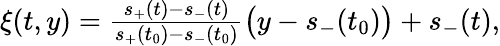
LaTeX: \begin{array}{r}{\xi(t,y)=\frac{s_{+}(t)-s_{-}(t)}{s_{+}(t_{0})-s_{-}(t_{0})}\bigl(y-s_{-}(t_{0})\bigr)+s_{-}(t),}\end{array}